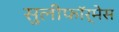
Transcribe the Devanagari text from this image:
सुलीफॉर्मेस